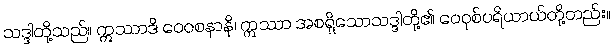
သဒ္ဒါတို့သည်။ ဣဿာဒိ ဝေဝစနာနိ၊ ဣဿာ အစရှိသောသဒ္ဒါတို့၏ ဝေဝုစ်ပရိယာယ်တို့တည်း။